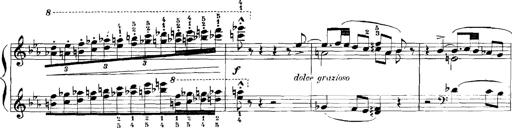
Title: Rhapsodies hongroises
Composer: Franz Liszt